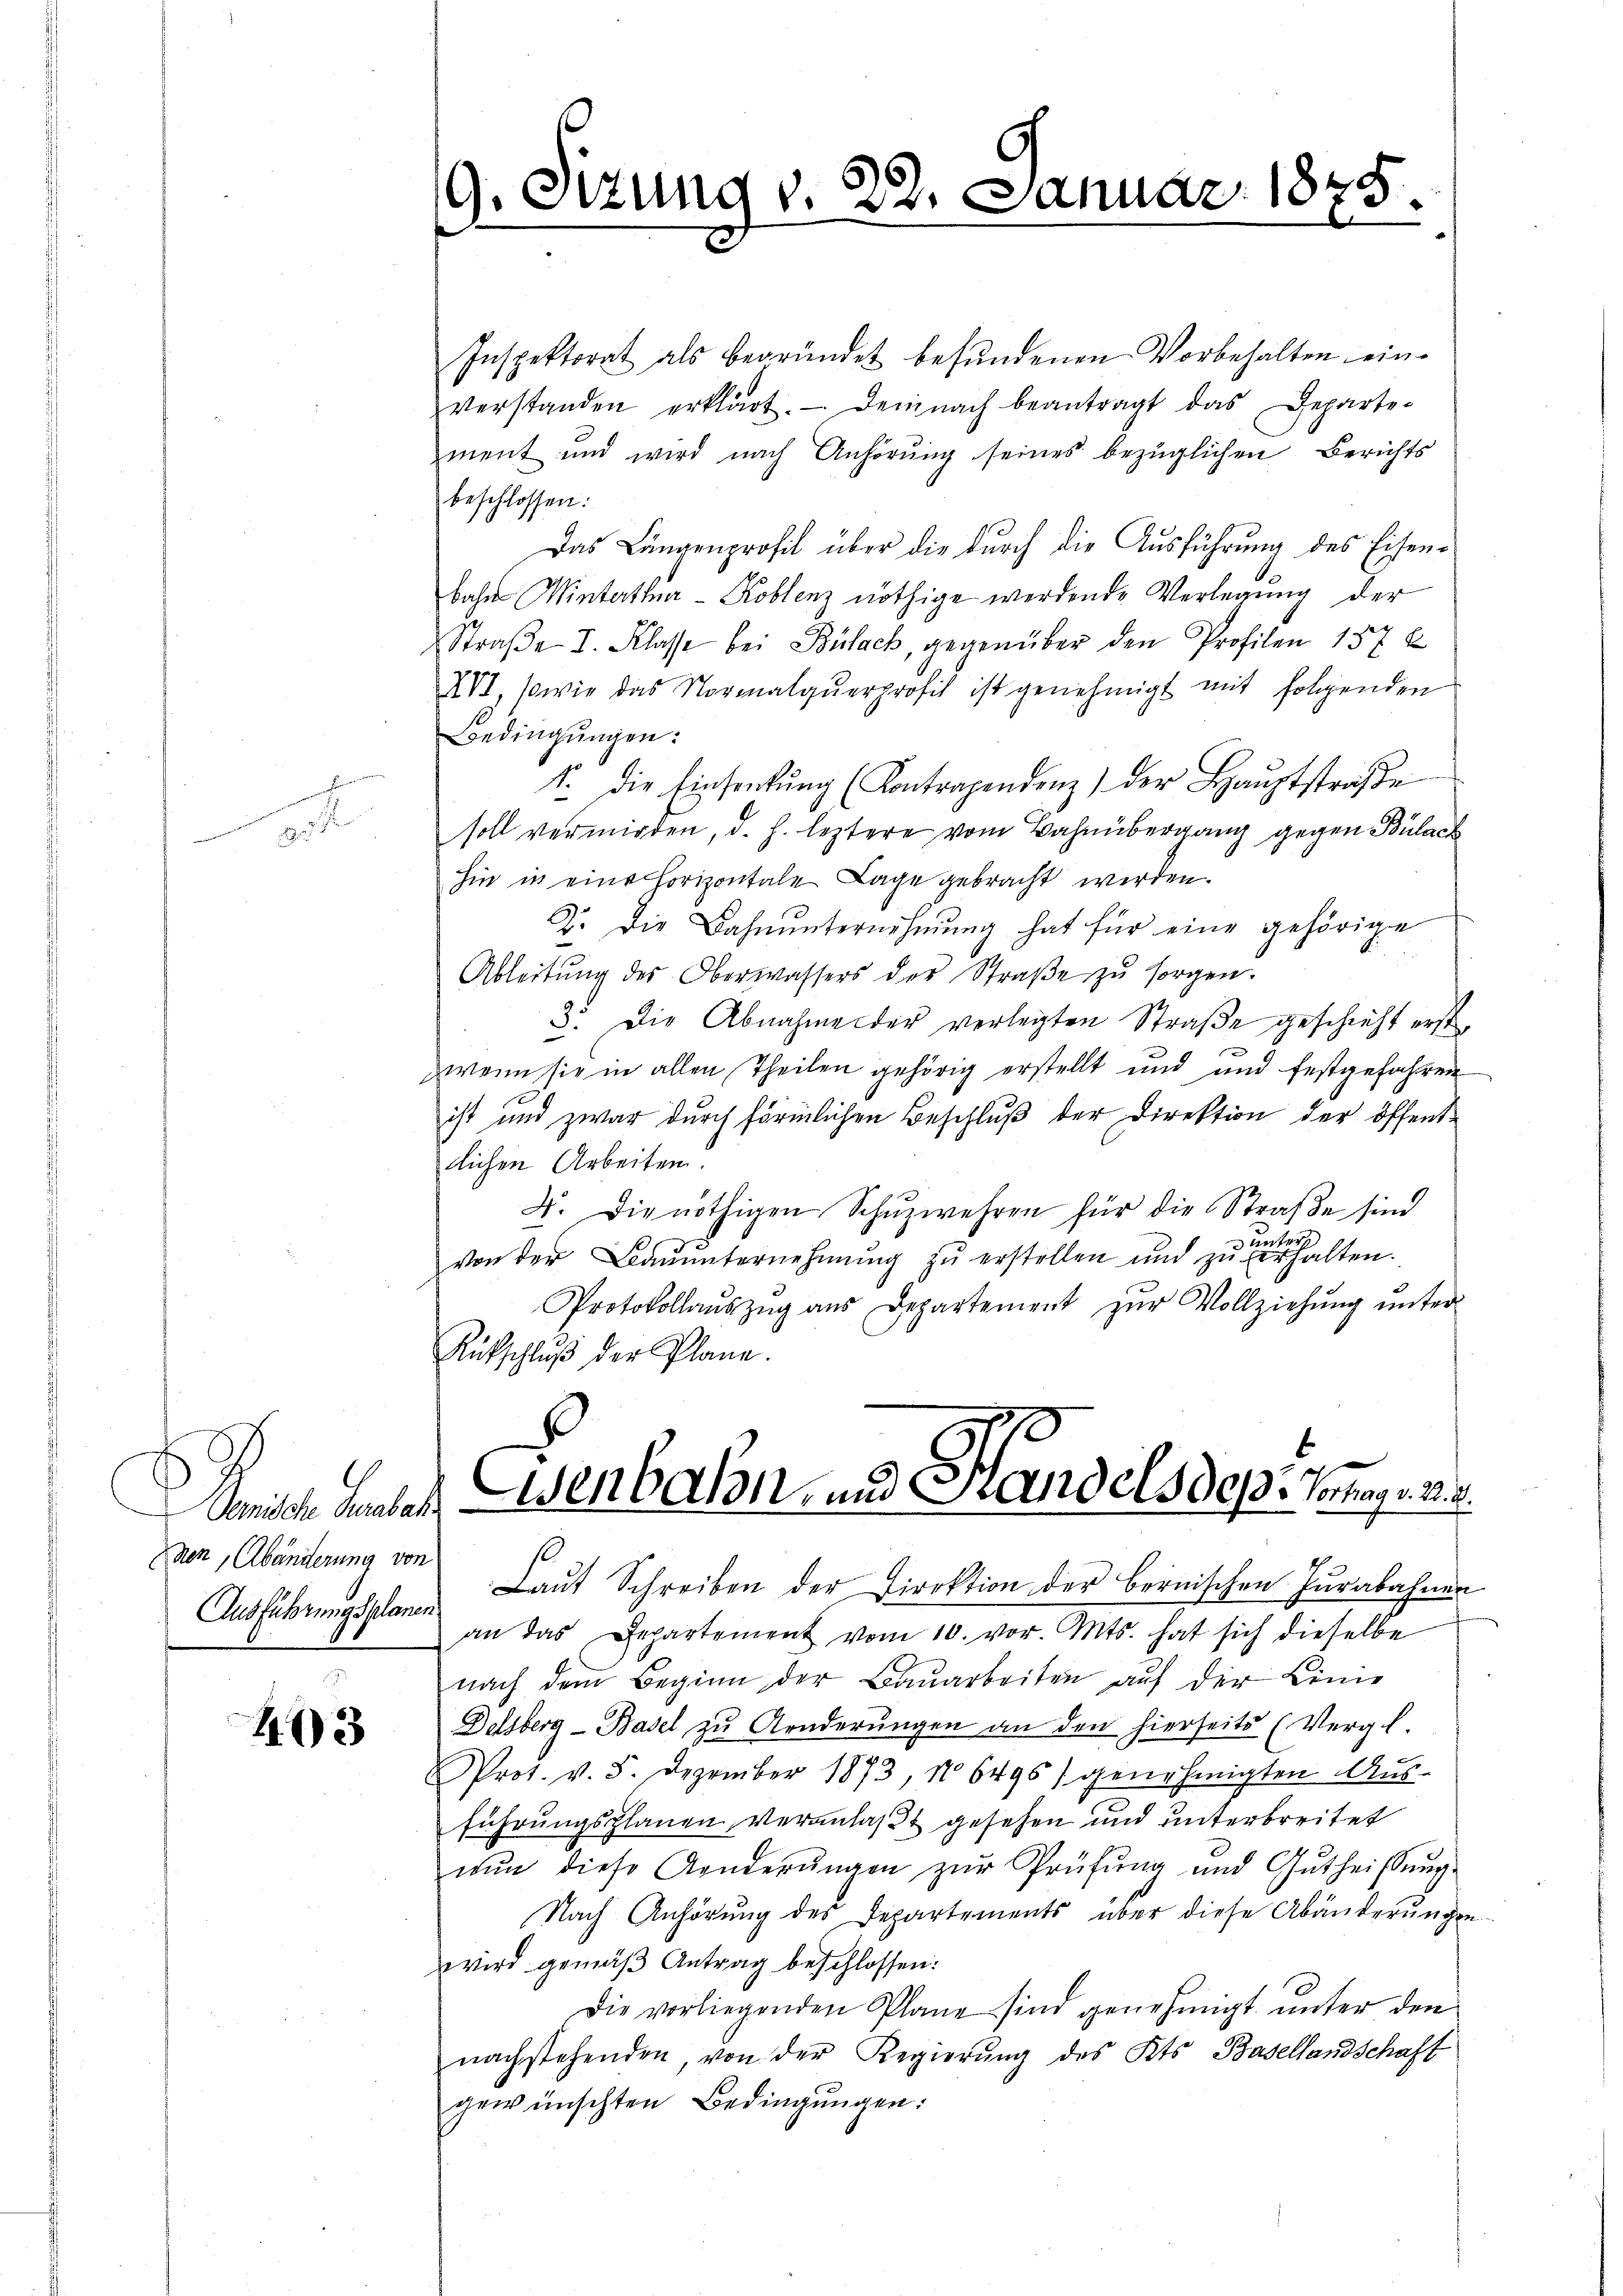
s

Aende ande
Enen, Abänderung von

413

9. Sizung v. 22.
e

Januar 1875.

Inspektorat als begründet befŭndenen Vorbehalten einverstanden erklärt. Demnach beantragt das Departe-
zment und wird nach Anhörung seines bezüglichen Berichts
beschlossen:
Das Längenprofil über die durch die Ausführung des Eisenbahn Winterthur–Koblenz nöthige werdende Verlegung der
Straβe I. Klasse bei Bülach, gegenüber den Profilen 157 x
XVI, sowie das Normalqŭerprofit ist genehmigt mit folgenden
Bedingŭngen:
1. Die Einsankŭng (Kontragendenz der Hauptstraβe
soll vermieden, d. h. leztere vom Bahnübergang gegen Bülach
hin in eine horizontale Lage gebracht werden.
2. Die Bahnŭnternehmung hat für eine gehörige
Ableitŭng des Oberwassers der Straβe zŭ sorgen.
3. Die Abnahme der verlegten Straße geschieht erstzweim sie in allen Theilen gehörig erstellt und und festgefahren
ist und zwar durch förmlichen Beschluß der Direktion der öffentllichen Arbeiten.
4. Die nöthigen Schŭzwehren für die Straße sind
 unters
von der Baŭŭnternehmung zŭ erstellen und zŭ verhalten.
Protokollaŭszŭg aŭs Departement zŭr Vollziehŭng ŭnter-
Aufschlŭβ der Plane.
Gienbahn und Handels des Mag. 23.
Laŭt Schreiben der Direktion der bernischen Hŭrabahnen
Ausführungssten an das Departement vom 10. vor. Mts. hat sich dieselbe
nach dem Beginn der Baŭarbeiten aŭf der Linie
Delsberg - Basel zu Aenderŭngen an den hierseits (Vergl.
Prot. v. 5. Dezember 1873, No 6496) genehmigten Aus-
führungsplanen, veranlaßt gesehen und unterbreitet
nŭn diese Aenderŭngen zŭr Prüfŭng und Gŭtheisŭng.
Nach Anhörung des Departements über diese Abänderungen
wird gemäß Antrag beschlossen:
Die vorliegenden Plane sind genehmigt unter den
nachstehenden, von der Regierung des Kts. Basellandschaft
gewünschten Bedingungen: